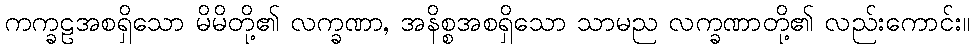
ကက္ခဠအစရှိသော မိမိတို့၏ လက္ခဏာ, အနိစ္စအစရှိသော သာမည လက္ခဏာတို့၏ လည်းကောင်း။